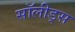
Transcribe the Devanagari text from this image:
सॉलीड्स